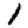
Digit: 1